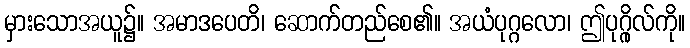
မှားသောအယူ၌။ အမာဒပေတိ၊ ဆောက်တည်စေ၏။ အယံပုဂ္ဂလော၊ ဤပုဂ္ဂိုလ်ကို။